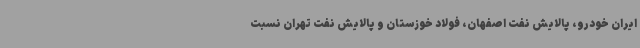
ایران خودرو، پالایش نفت اصفهان، فولاد خوزستان و پالایش نفت تهران نسبت